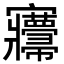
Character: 㝲